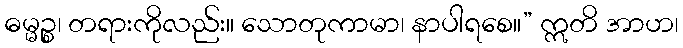
ဓမ္မဉ္စ၊ တရားကိုလည်း။ သောတုကာမာ၊ နာပါရစေ။” ဣတိ အာဟ၊